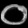
Digit: ၀